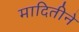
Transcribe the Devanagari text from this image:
मादितीने